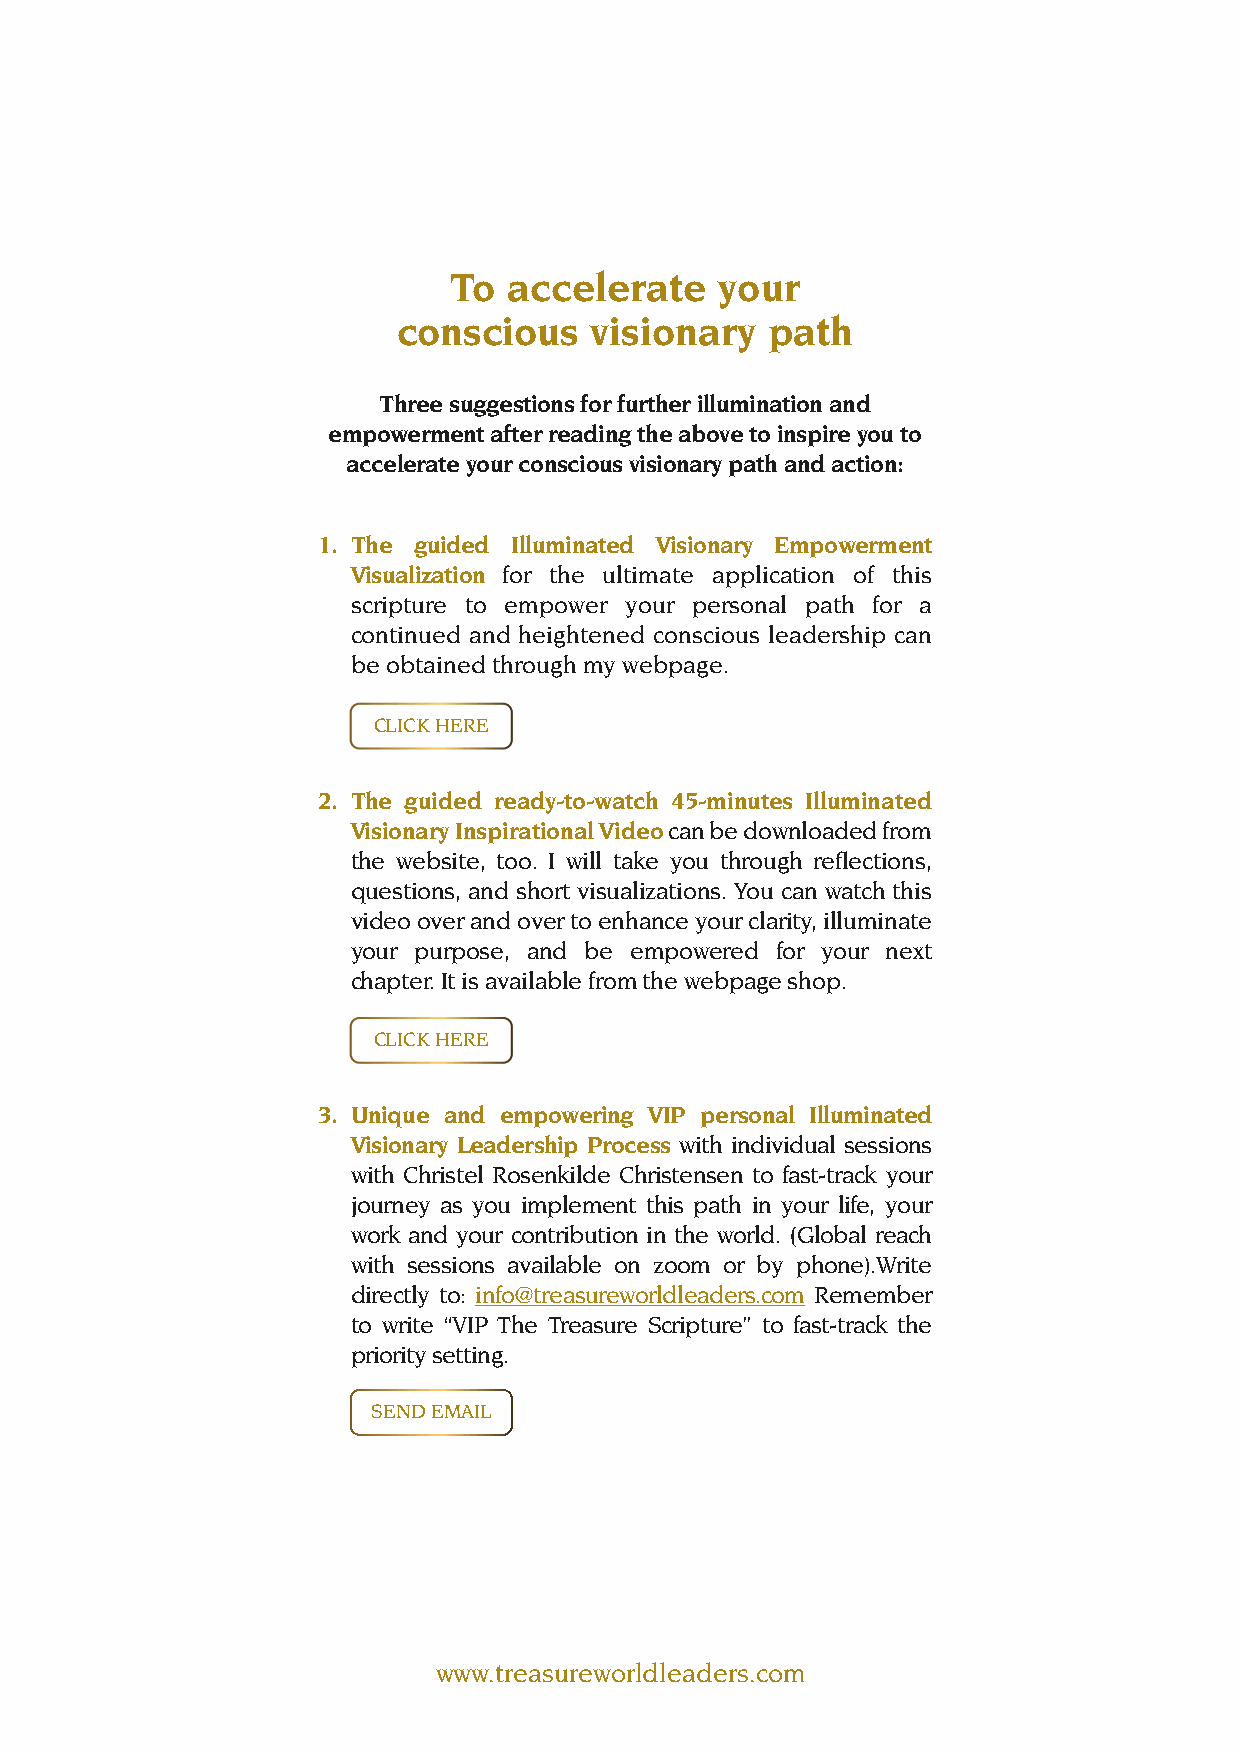
To  accelerate    your
 conscious    visionary   path
 Three suggestions for further illumination and
 empowerment after reading the above to inspire you to
 accelerate your conscious visionary path and action:
 1. The guided Illuminated Visionary Empowerment
 Visualization for the ultimate application of this
 scripture to empower your personal path for a
 continued and heightened conscious leadership can
 be obtained through my webpage.
 CLICK HERE
 2. The guided ready-to-watch 45-minutes Illuminated
 Visionary Inspirational Video can be downloaded from
 the website, too. I will take you through reflections,
 questions, and short visualizations. You can watch this
 video over and over to enhance your clarity, illuminate
 your purpose, and be empowered for your next
 chapter. It is available from the webpage shop.
 CLICK HERE
 3. Unique and empowering VIP personal Illuminated
 Visionary Leadership Process with individual sessions
 with Christel Rosenkilde Christensen to fast-track your
 journey as you implement this path in your life, your
 work and your contribution in the world. (Global reach
 with sessions available on zoom or by phone).Write
 directly to: info@treasureworldleaders.com Remember
 to write “VIP The Treasure Scripture” to fast-track the
 priority setting.
 SEND EMAIL
 www.treasureworldleaders.com